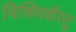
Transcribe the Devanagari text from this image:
विधिवद्यैस्तु